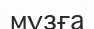
мұзға